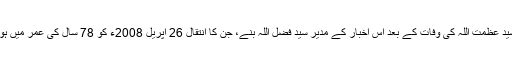
سید عظمت اللہ کی وفات کے بعد اس اخبار کے مدیر سید فضل اللہ بنے، جن کا انتقال 26 اپریل 2008ء کو 78 سال کی عمر میں ہوا۔